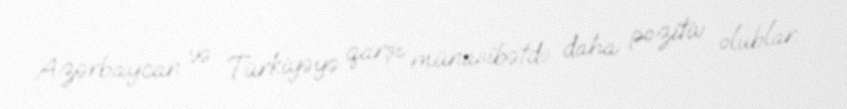
Azərbaycan və Türkiyəyə qarşı münasibətdə daha pozitiv olublar.